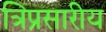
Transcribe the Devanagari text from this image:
त्रिप्रसारीय